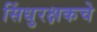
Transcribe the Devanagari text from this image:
सिंधुरक्षकचे